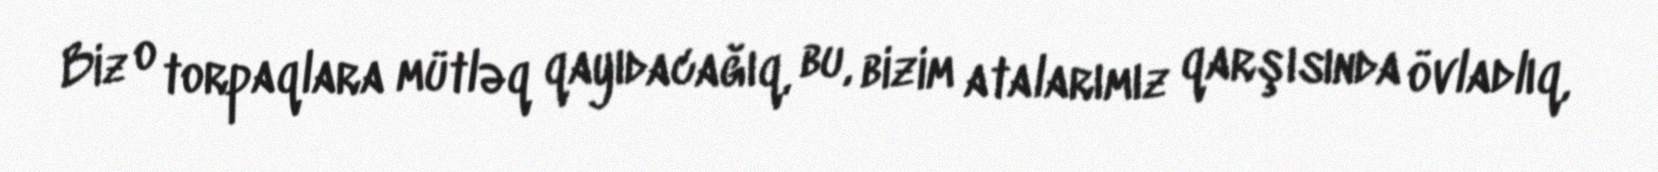
Biz o torpaqlara mütləq qayıdacağıq, bu, bizim atalarımız qarşısında övladlıq,